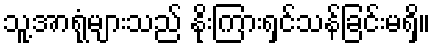
သူ့အာရုံများသည် နိုးကြားရှင်သန်ခြင်းမရှိ။